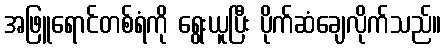
အဖြူရောင်တစ်ရံကို ရွေးယူပြီး ပိုက်ဆံချေလိုက်သည်။